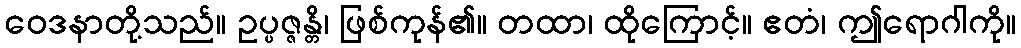
ဝေဒနာတို့သည်။ ဥပ္ပဇ္ဇန္တိ၊ ဖြစ်ကုန်၏။ တထာ၊ ထိုကြောင့်။ ဧတံ၊ ဤရောဂါကို။